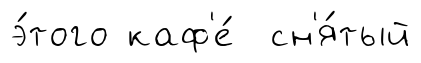
э́того каф'е́ сн'я́тый